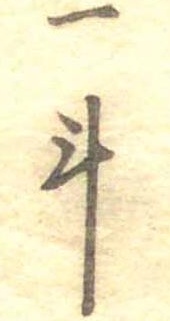
一斗